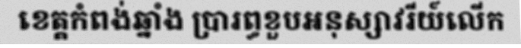
ខេត្តកំពង់ឆ្នាំង ប្រារព្ធខួបអនុស្សាវរីយ៍លើក